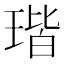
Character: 瑎